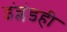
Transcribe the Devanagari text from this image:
इंग्लंडही